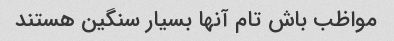
مواظب باش تام آنها بسیار سنگین هستند